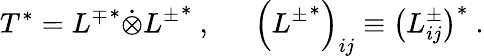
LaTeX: T^{*}=\left.L^{\mp}\right.^{*}\dot{\otimes}\left.L^{\pm}\right.^{*}~,~~~~~~\left(\left.L^{\pm}\right.^{*}\right)_{ij}\equiv\left(L_{ij}^{\pm}\right)^{*}~.